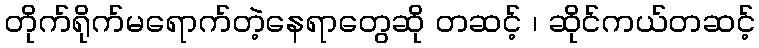
တိုက်ရိုက်မရောက်တဲ့နေရာတွေဆို တဆင့် ၊ ဆိုင်ကယ်တဆင့်